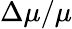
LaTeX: \Delta\mu/\mu